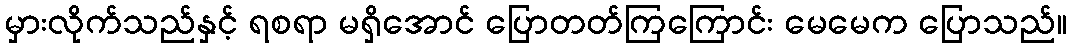
မှားလိုက်သည်နှင့် ရစရာ မရှိအောင် ပြောတတ်ကြကြောင်း မေမေက ပြောသည်။